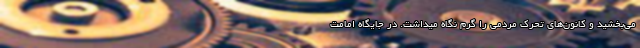
می‌بخشید و کانون‌های تحرک مردمی را گرم نگاه میداشت. در جایگاه امامت